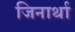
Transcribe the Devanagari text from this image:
जिनार्था